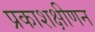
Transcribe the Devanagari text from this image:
प्रकाशक्षीणन